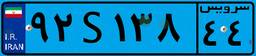
۹۲S۱۳۸۴۴